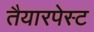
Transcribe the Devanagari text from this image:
तैयारपेस्ट